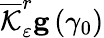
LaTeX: \overline{{\mathcal{K}}}_{\varepsilon}^{r}\mathbf{g}\left(\gamma_{0}\right)